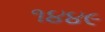
૧૪૪૯